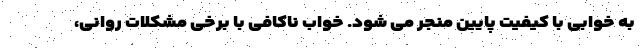
به خوابی با کیفیت پایین منجر می شود. خواب ناکافی با برخی مشکلات روانی،